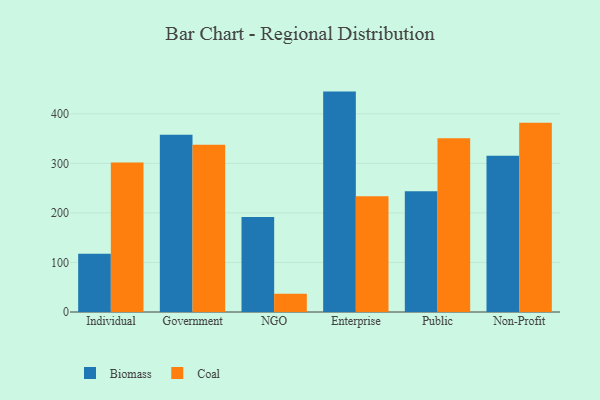
{"axis": {"x": "Segment", "y": "Waste Production (Tons)"}, "legend": ["Biomass", "Coal"], "data": [{"x": "Individual", "y": 117.4, "type": "Biomass"}, {"x": "Individual", "y": 301.5, "type": "Coal"}, {"x": "Government", "y": 357.8, "type": "Biomass"}, {"x": "Government", "y": 337.4, "type": "Coal"}, {"x": "NGO", "y": 191.5, "type": "Biomass"}, {"x": "NGO", "y": 36.6, "type": "Coal"}, {"x": "Enterprise", "y": 444.8, "type": "Biomass"}, {"x": "Enterprise", "y": 233.4, "type": "Coal"}, {"x": "Public", "y": 243.8, "type": "Biomass"}, {"x": "Public", "y": 350.7, "type": "Coal"}, {"x": "Non-Profit", "y": 315.2, "type": "Biomass"}, {"x": "Non-Profit", "y": 381.8, "type": "Coal"}]}